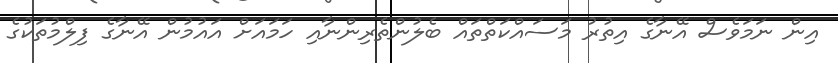
އިން ނަމަވެސް އޭނާގެ އިތުރު މަސައްކަތްތައް ބެލުންތެރިންނާއި ހަމައަށް އައުމުން އޭނާގެ ފިލްމުތަކުގެ